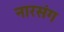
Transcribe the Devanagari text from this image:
नारसंग